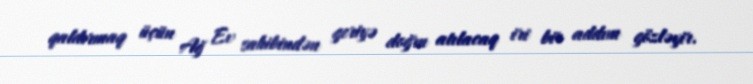
qaldırmaq üçün Ağ Ev sahibindən geriyə doğru atılacaq iri bir addım gözləyir.